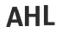
AHL